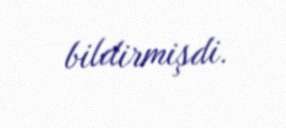
bildirmişdi.